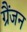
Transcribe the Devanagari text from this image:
ग्रैंजन